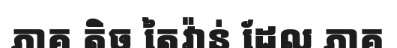
ភាគ តិច តៃវ៉ាន់ ដែល ភាគ